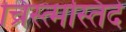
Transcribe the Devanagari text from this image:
च्रिस्त्मस्तिदे